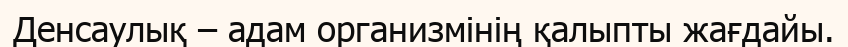
Денсаулық – адам организмінің қалыпты жағдайы.